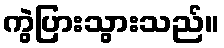
ကွဲပြားသွားသည်။